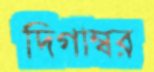
দিগাম্বর